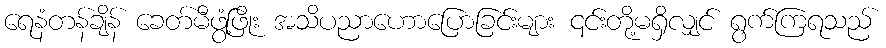
ရေနံတန်ချိန် ခေတ်မီဖွံ့ဖြိုး အသိပညာဟောပြောခြင်းများ ၎င်းတို့မရှိလျှင် ရွက်ကြရသည်